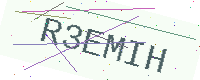
Text: R3EMIH